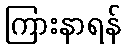
ကြားနာရန်